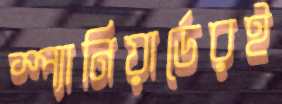
স্প্যানিয়ার্ডেরই